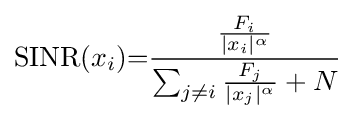
\mathrm {SINR} (x_{i}){=}{\frac {\frac {F_{i}}{|x_{i}|^{\alpha }}}{\sum _{j\neq i}{\frac {F_{j}}{|x_{j}|^{\alpha }}}+N}}